King Institute of Preventive Medicine Micro-Biological Section reports 1912-19
Year: 1912
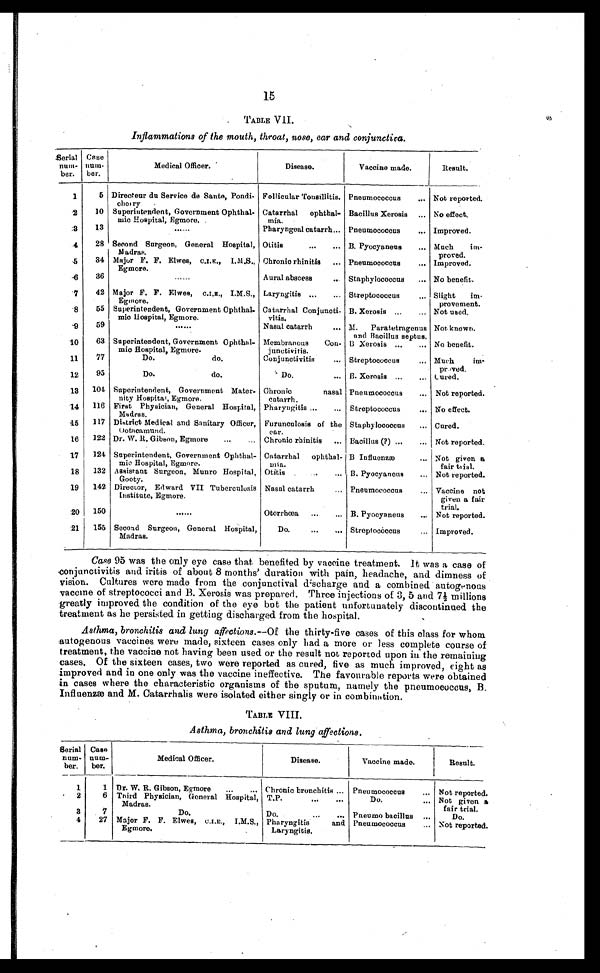
15
TABLE VII.
Inflammations of the mouth, throat, nose, ear and conjunctiva.
Serial
num-
ber.
Case
num-
ber.
Medical Officer.
Disease.
Vaccine made.
Result.
1
5 Directeur du Service de Sante, Pondi-
cherry
Follicular Tonsillitis. Pneumococcus . . .
Not reported.
2
10 Superintendent, Government Ophthal
-mic Hospital, Egmore.
Catarrhal ophthal
-mia.
Bacillus Xerosis . . . No effect.
3
13
. . .
Pharyngeal catarrh . . . Pneumococcus . . .
Improved.
4
28 Second Surgeon, General Hospital,
Madras.
Otitis . . .
B. Pyocyaneus . . .
Much im
-proved.
5
34 Major F. F. Elwes, C.I.E., I.M.S.,
Egmore.
Chronic rhinitis . . . Pneumococcus . . .
Improved.
6
36
. . .
Aural abscess . . .
Staphylococcus . . .
No benefit.
7
42 Major F. F. Elwes, C.I.E., I.M.S.,
Egmore.
Laryngitis . . .
Streptococcus . . .
Slight im
-provement.
8
55 Superintendent, Government Ophthal
-mic Hospital, Egmore.
Catarrhal Conjunoti-
vitis.
B. Xerosis . . .
Not used.
9
59
. . .
Nasal catarrh . . .
M. Paratetragenus
and Bacillus septus.
Not known.
10
63 Superintendent, Government Ophthal
-mic Hospital, Egmore.
Membranous Con-
junctivitis.
B. Xerosis . . .
No benefit.
1 1
77
Do. do. . . .
Conjunctivitis . . .
Streptococcus . . .
Much im
-proved.
12
95
Do. do. . . .
Do. . . .
B. Xerosis . . .
Cured.
13 104 Superintendent, Government Mater-
nity Hospital, Egmore.
Chronic nasal
catarrh.
Pneumococcus . . .
Not reported.
14 116 First Physician, General Hospital,
Madras.
Pharyngitis . . .
Streptococcus . . .
No effect.
1 5
117 District Medical and Sanitary Officer,
Ootacamund.
Furunculosis of the
ear.
Staphylococcus . . .
Cured.
16
122 Dr. W. R. Gibson, Egmore . . .
Chronic rhinitis . . . Bacillus (?) . . .
Not reported.
17
124 Superintendent, Government Ophthal-
mic Hospital, Egmore.
Catarrhal ophthal-
mia.
B. Influenzæ . . .
Not given a
fair trial.
18 132
Assistant Surgeon, Munro Hospital,
Gooty.
Otitis . . .
B. Pyocyaneus . . .
Not reported.
19
142 Director, Edward VII Tuberculosis
Institute, Egmore.
Nasal catarrh . . .
Pneumococcus . . .
Vaccine not
given a fair
trial.
20 150
. . .
Otorrhœa . . .
B. Pyocyaneus . . .
Not reported.
21 155 Second Surgeon, General Hospital,
Madras.
Do. . . .
Streptococcus . . .
Improved.
Case 95 was the only eye case that benefited by vaccine treatment. It was a case of
c o n j u n c t i v i t i s a n d i r i t i s o f a b o u t 8 m o n t h s ' d u r a t i o n w i t h p a i n , h e a d a c h e , a n d d i m n e s s o f
vision. Cultures were made from the conjunctival discharge and a combined autogenous
vaccine of streptococci and B. Xerosis was prepared. Three injections of 3, 5 and 7½ millions
greatly improved the condition of the eye but the patient unfortunately discontinued the
treatment as he persisted in getting discharged from the hospital.
Asthma, bronchitis and lung affections .—Of the thirty-five cases of this class for whom
autogenous vaccines were made, sixteen cases only had a more or less complete course of
treatment, the vaccine not having been used or the result not reported upon in the remaining
cases. Of the sixteen cases, two were reported as cured, five as much improved, eight as
improved and in one only was the vaccine ineffective. The favourable reports were obtained
in cases where the characteristic organisms of the sputum, namely the pneumococcus, B.
Influenzæ and M. Catarrhalis were isolated either singly or in combination.
TABLE VIII.
Asthma, bronchitis and lung affections.
Serial
num-
ber.
Case
num-
ber.
Medical Officer.
Disease.
Vaccine made.
Re s u l t .
1
1 Dr. W. R. Gibson, Egmore . . .
Chronic bronchitis . . . Pneumococcus . . .
Not reported.
2
6 Third Physician, General Hospital,
Madras.
T.P. . . .
Do. . . .
Not given a
fair trial.
3
7
Do.
Do. . . .
Pneumo bacillus . . .
Do.
4
27 Major F. F. Elwes, C.I.E., I.M.S.,
Egmore.
Pharyngitis and
Laryngitis.
Pneumococcus . . .
Not reported.